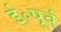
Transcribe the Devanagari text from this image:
ई॰पूर्व